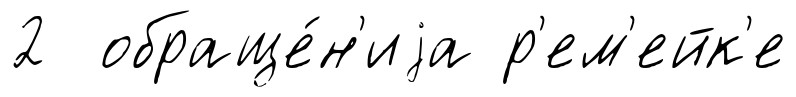
2 обраще́н'иjа р'ем'ейк'е